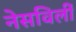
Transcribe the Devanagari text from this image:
नेसविलीं